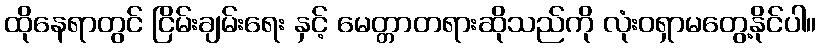
ထိုနေရာတွင် ငြိမ်းချမ်းရေး နှင့် မေတ္တာတရားဆိုသည်ကို လုံးဝရှာမတွေ့နိုင်ပါ။